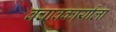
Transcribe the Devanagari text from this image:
बचावकार्याला